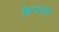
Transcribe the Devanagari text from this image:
केमास